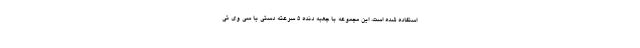
استفاده شده است. این مجموعه با جعبه دنده 5 سرعته دستی یا سی وی تی